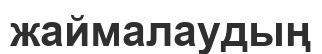
жаймалаудың